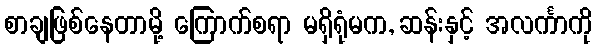
စာချဖြစ်နေတာမို့ ကြောက်စရာ မရှိရုံမက, ဆန်းနှင့် အလင်္ကာကို